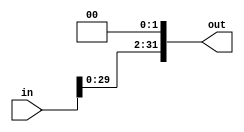
module shift_left_32bit(
input [31:0] in,
output reg [31:0] out);
always @(in)
begin
out = in << 2;
end
endmodule